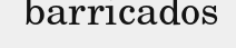
barricados